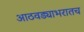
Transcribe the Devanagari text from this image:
आठवड्याभरातच